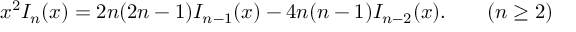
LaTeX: x ^ { 2 } I _ { n } ( x ) = 2 n ( 2 n - 1 ) I _ { n - 1 } ( x ) - 4 n ( n - 1 ) I _ { n - 2 } ( x ) . \qquad ( n \geq 2 )